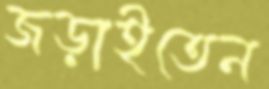
জড়াইতেন